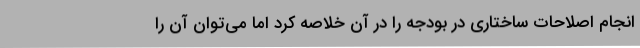
انجام اصلاحات ساختاری در بودجه را در آن خلاصه کرد اما می‌توان آن را